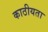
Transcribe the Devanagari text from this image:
काठीयता